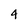
Character: 4